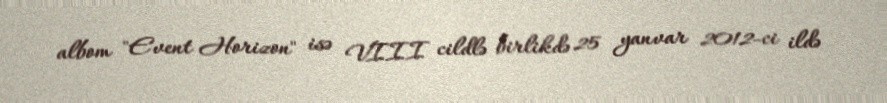
albom "Event Horizon" isə VIII cildlə birlikdə 25 yanvar 2012-ci ildə